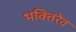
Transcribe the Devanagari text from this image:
भक्तिरेव